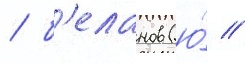
/ б'еланов (ю́ //